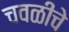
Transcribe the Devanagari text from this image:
चवळीचे